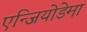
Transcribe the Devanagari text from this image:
एन्जियोडेमा